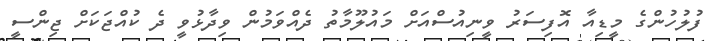
ފުލުހުންގެ މީޑިއާ އޮފިސަރު ވީނިއުސްއަށް މައުލޫމާތު ދެއްވަމުން ވިދާޅުވީ ދެ ކުއްޖަކަށް ޖިންސީ